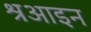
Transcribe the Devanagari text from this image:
श्रआइन